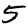
Digit: 5